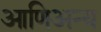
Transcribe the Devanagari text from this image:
आणिअन्य